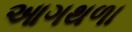
આગથળા